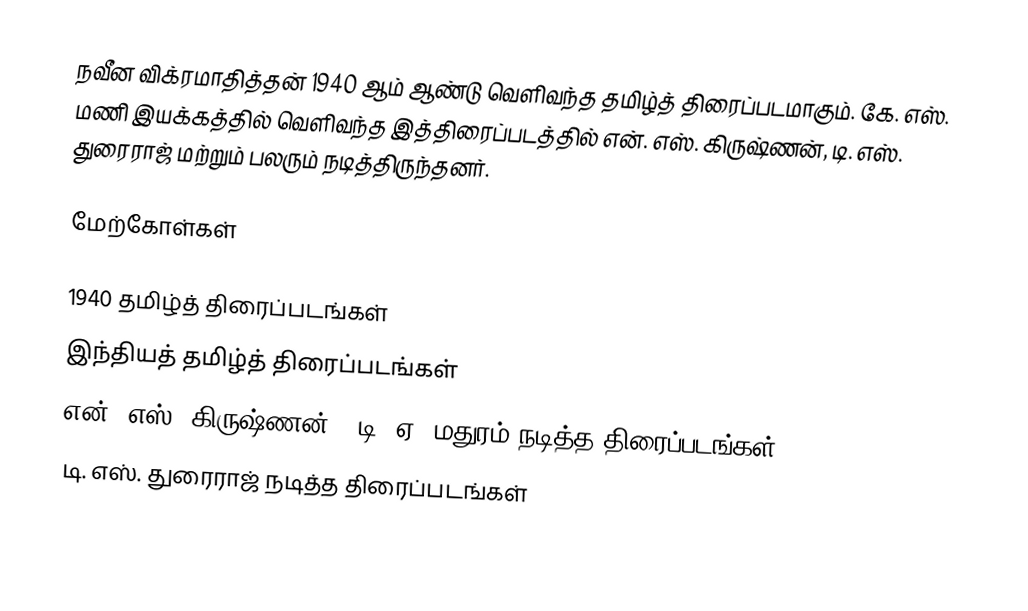
நவீன விக்ரமாதித்தன் 1940 ஆம் ஆண்டு வெளிவந்த தமிழ்த் திரைப்படமாகும். கே. எஸ். மணி இயக்கத்தில் வெளிவந்த இத்திரைப்படத்தில் என். எஸ். கிருஷ்ணன், டி. எஸ். துரைராஜ் மற்றும் பலரும் நடித்திருந்தனர்.

மேற்கோள்கள்

1940 தமிழ்த் திரைப்படங்கள்
இந்தியத் தமிழ்த் திரைப்படங்கள்
என். எஸ். கிருஷ்ணன் - டி. ஏ. மதுரம் நடித்த திரைப்படங்கள்
டி. எஸ். துரைராஜ் நடித்த திரைப்படங்கள்